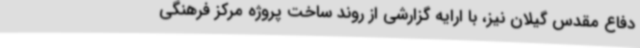
دفاع مقدس گیلان نیز، با ارایه گزارشی از روند ساخت پروژه مرکز فرهنگی